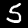
Digit: 5